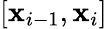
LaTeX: [\mathbf{x}_{i-1},\mathbf{x}_{i}]